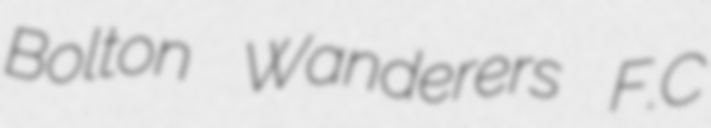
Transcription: Bolton Wanderers F.C